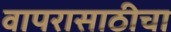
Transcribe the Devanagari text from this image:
वापरासाठीचा